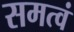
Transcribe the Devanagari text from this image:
समत्वं